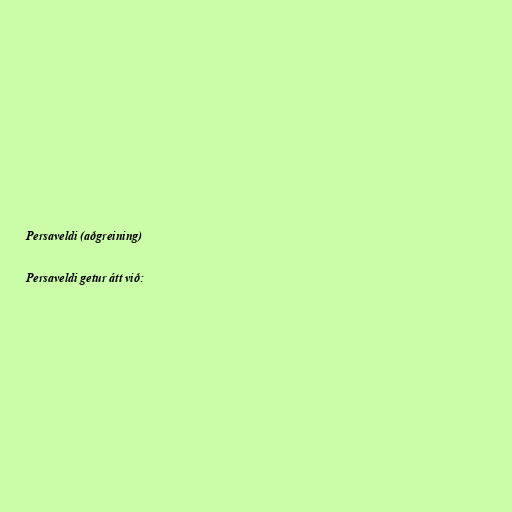
Persaveldi (aðgreining)

Persaveldi getur átt við: